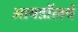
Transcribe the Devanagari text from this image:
आयडॉलचे